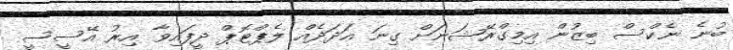
ބުނެ ނެކްސް ބިޒުން އިމިގްރޭޝަނަށް ގިނަ އަދަދެއް ލެޕްޓޮޕް ދީފައިވާ އިރު އޭސީސީ